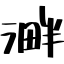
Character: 溿